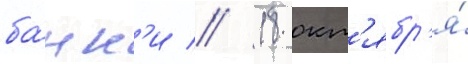
ба́нк'и // 18 окт'ябр'я́